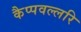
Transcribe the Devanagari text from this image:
कैप्पवल्लरि